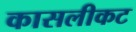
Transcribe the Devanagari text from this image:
कासलीकट